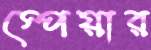
স্পেয়ার